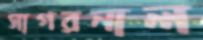
সাগরনাল